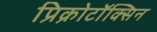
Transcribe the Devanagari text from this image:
प्रिक्रोटॉक्सिन